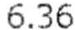
6.36